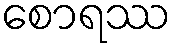
စောရဿ